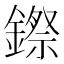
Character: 𮢻